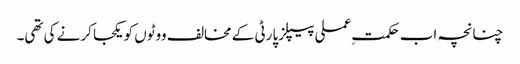
چنانچہ اب حکمتِ عملی پیپلزپارٹی کے مخالف ووٹوں کو یکجا کرنے کی تھی۔